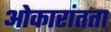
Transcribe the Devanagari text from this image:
ओकारांतता